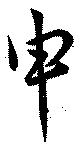
申